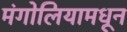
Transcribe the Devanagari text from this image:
मंगोलियामधून